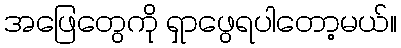
အဖြေတွေကို ရှာဖွေရပါတော့မယ်။